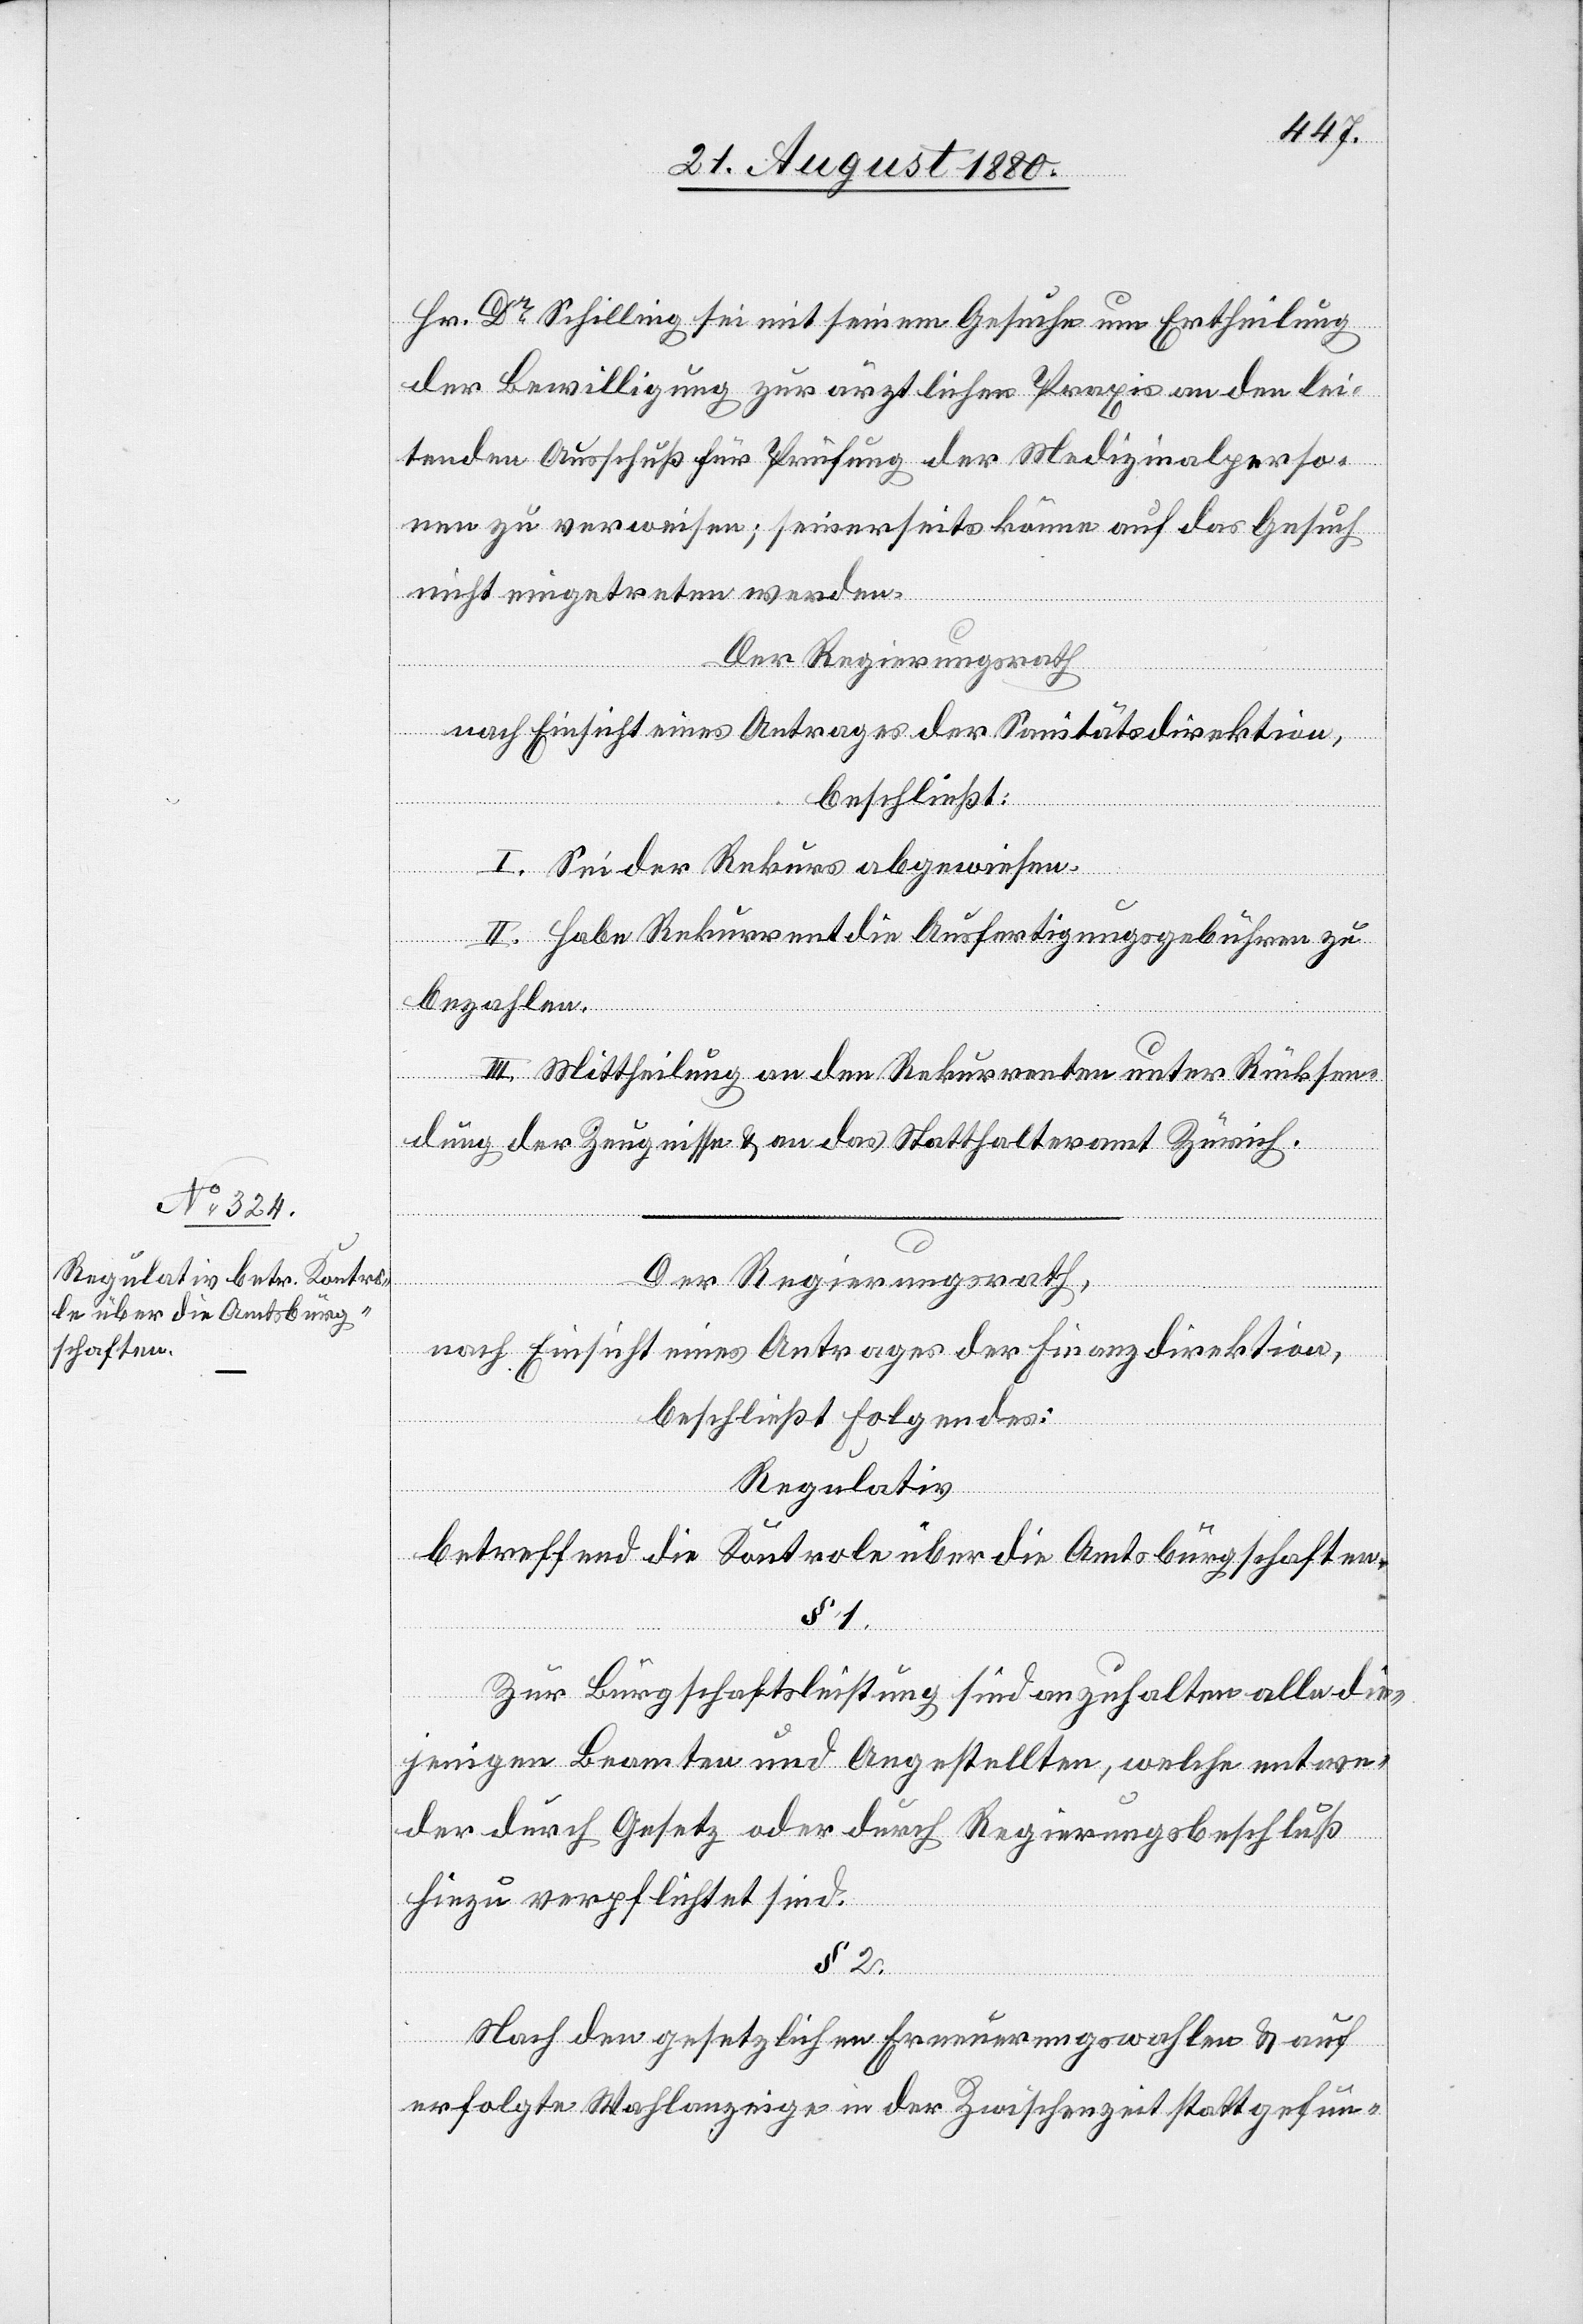
Hr. Dr Schilling sei mit seinem Gesuche um Ertheilung
der Bewilligung zur ärztlichen Praxis an den lei¬
tenden Ausschuß für Prüfung der Medizinalperso¬
nen zu verweisen; seinerseits könne auf das Gesuch
nicht eingetreten werden.
Der Regierungsrath
nach Einsicht eines Antrages der Sanitätsdirektion
beschließt:
I. Sei der Rekurs abgewiesen.
II. Habe der Rekurrent die Ausfertigungsgebühren zu
bezahlen.
III. Mittheilung an den Rekurrenten unter Rücksen¬
dung der Zeugnisse & an das Statthalteramt Zürich.
Der Regierungsrath,
nach Einsicht eines Antrages der Finanzdirektion,
beschließt folgendes:
Regulativ
betreffend die Kontrole über die Amtsbürgschaften.
§ 1.
Zur Bürgschaftsleistung sind anzuhalten alle die¬
jenigen Beamten und Angestellten, welche entwe¬
der durch Gesetz oder durch Regierungsbeschluß
hiezu verpflichtet sind.
§ 2.
Nach den gesetzlichen Erneuerungswahlen & auf
erfolgte Wahlanzeige in der Zwischenzeit stattgefun-